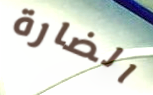
الضارة